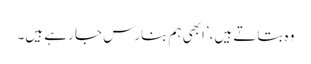
وہ بتاتے ہیں،’ابھی ہم بنارس جا رہے ہیں۔